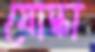
যোদ্ধা